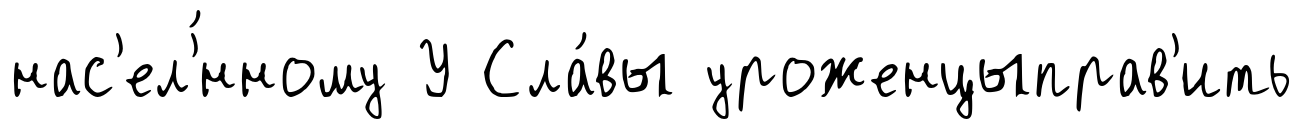
нас'ел'́нному У Сла́вы уроженцыправ'ить